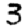
Digit: 3